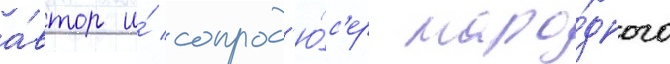
а́втор и́ сопрод'ю́с'ер наро́дного